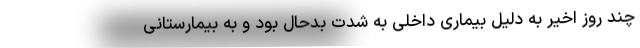
چند روز اخیر به دلیل بیماری داخلی به شدت بدحال بود و به بیمارستانی